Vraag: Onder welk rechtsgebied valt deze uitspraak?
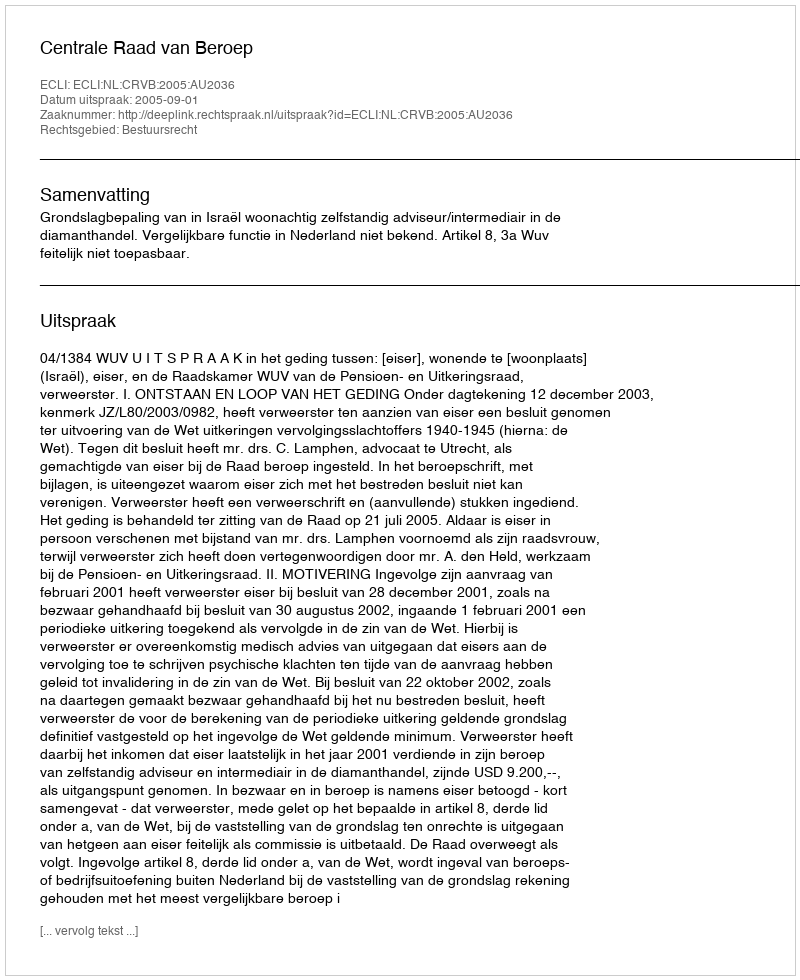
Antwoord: Bestuursrecht